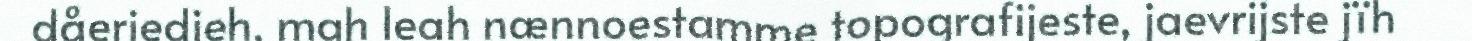
dåeriedieh, mah leah nænnoestamme topografijeste, jaevrijste jïh